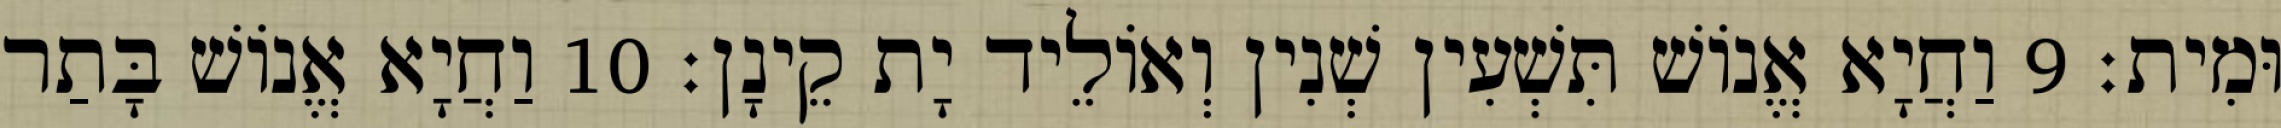
וּמִית׃ 9 וַחֲיָא אֱנוֹשׁ תִּשְׁעִין שְׁנִין וְאוֹלֵיד יָת קֵינָן׃ 10 וַחֲיָא אֱנוֹשׁ בָּתַר